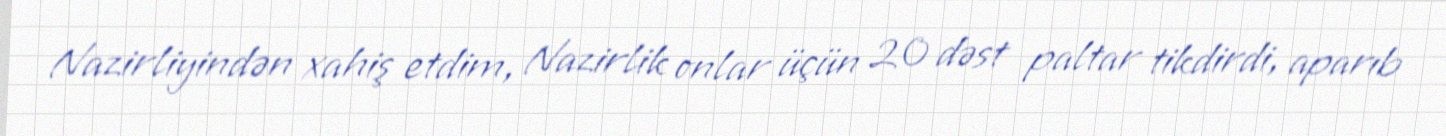
Nazirliyindən xahiş etdim, Nazirlik onlar üçün 20 dəst paltar tikdirdi, aparıb